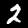
Label: 2